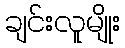
ချင်းလူမျိုး